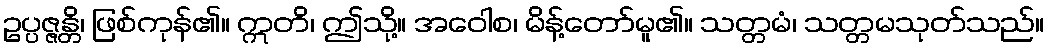
ဥပ္ပဇ္ဇန္တိ၊ ဖြစ်ကုန်၏။ ဣတိ၊ ဤသို့။ အဝေါစ၊ မိန့်တော်မူ၏။ သတ္တမံ၊ သတ္တမသုတ်သည်။